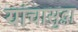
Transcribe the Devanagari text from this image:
यांचासुद्धा